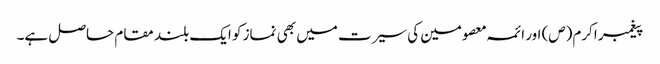
پیغمبر اکرم(ص) اور ائمہ معصومین کی سیرت میں بھی نماز کو ایک بلند مقام حاصل ہے۔